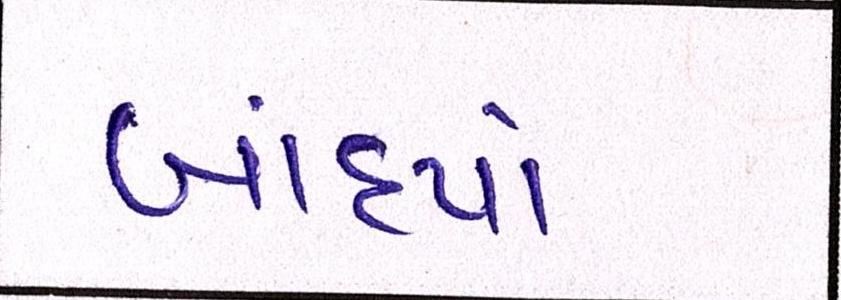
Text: બાંધ્યો